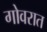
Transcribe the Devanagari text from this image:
गोवरात